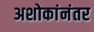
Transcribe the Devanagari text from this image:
अशोकांनंतर